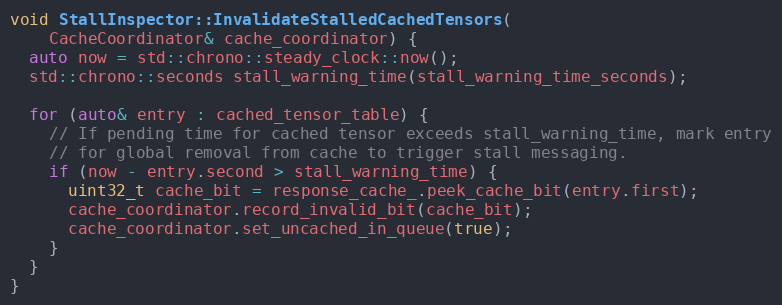
Language: C++
void StallInspector::InvalidateStalledCachedTensors(
    CacheCoordinator& cache_coordinator) {
  auto now = std::chrono::steady_clock::now();
  std::chrono::seconds stall_warning_time(stall_warning_time_seconds);

  for (auto& entry : cached_tensor_table) {
    // If pending time for cached tensor exceeds stall_warning_time, mark entry
    // for global removal from cache to trigger stall messaging.
    if (now - entry.second > stall_warning_time) {
      uint32_t cache_bit = response_cache_.peek_cache_bit(entry.first);
      cache_coordinator.record_invalid_bit(cache_bit);
      cache_coordinator.set_uncached_in_queue(true);
    }
  }
}